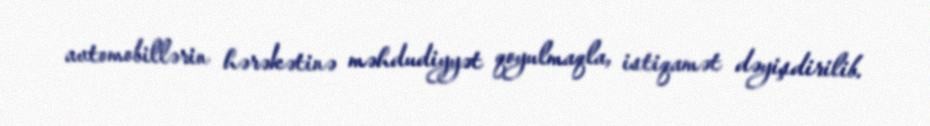
avtomobillərin hərəkətinə məhdudiyyət qoyulmaqla, istiqamət dəyişdirilib.